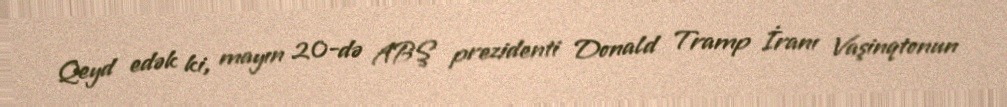
Qeyd edək ki, mayın 20-də ABŞ prezidenti Donald Tramp İranı Vaşinqtonun